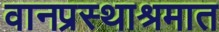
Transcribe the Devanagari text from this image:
वानप्रस्थाश्रमात